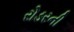
રોડરની